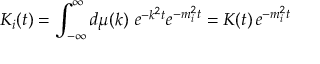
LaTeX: K _ { i } ( t ) = \int _ { - \infty } ^ { \infty } d \mu ( k ) \, \, e ^ { - k ^ { 2 } t } e ^ { - m _ { i } ^ { 2 } t } = K ( t ) \, e ^ { - m _ { i } ^ { 2 } t }